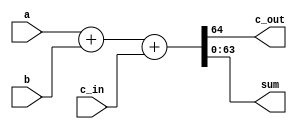
`timescale 1ns / 1ps
//////////////////////////////////////////////////////////////////////////////////
// Company: 
// Engineer: 
// 
// Design Name: 
// Module Name:    Verification_64bitSelect 
// Project Name: 
// Target Devices: 
// Tool versions: 
// Description: 
//
// Dependencies: 
//
// Revision: 
// Revision 0.01 - File Created
// Additional Comments: 
//
//////////////////////////////////////////////////////////////////////////////////
module Verification_64bitSelect(c_out, sum, a, b, c_in);

	input [63:0]	 a, b; //declare inputs a, b, and c_in, one bit each
	input c_in;
	output c_out;
	output [63:0] sum; //declare outputs c_out and sum, one bit each

	assign {c_out, sum} = a + b + c_in;

endmodule